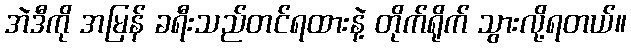
အဲဒီကို အမြန် ခရီးသည်တင်ရထားနဲ့ တိုက်ရိုက် သွားလို့ရတယ်။